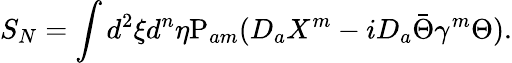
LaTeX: S_{N}=\int d^{2}\xi d^{n}\eta\mathrm{P}_{am}(D_{a}X^{m}-iD_{a}\bar{\Theta}\gamma^{m}\Theta).